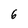
Character: 6